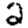
Digit: 2